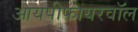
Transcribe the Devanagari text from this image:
आयपीफायरवॉल